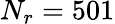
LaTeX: N_{r}=501